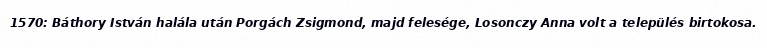
1570: Báthory István halála után Porgách Zsigmond, majd felesége, Losonczy Anna volt a település birtokosa.